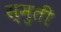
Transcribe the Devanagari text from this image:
स्मुती